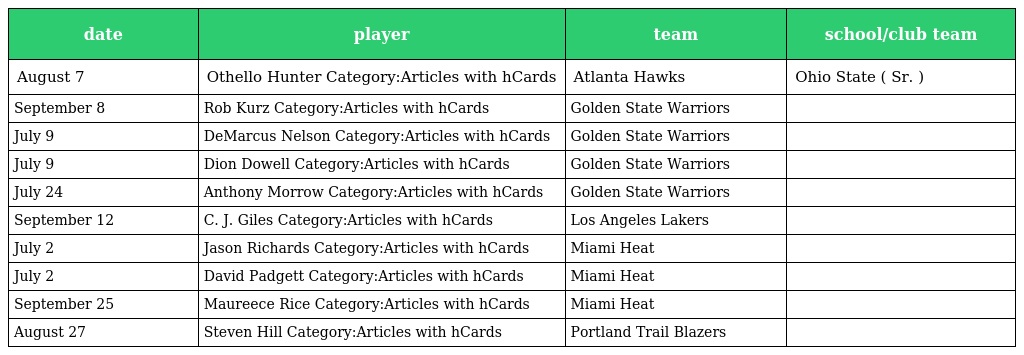
| date | player | team | school/club team |
 | --- | --- | --- | --- |
 | August 7 | Othello Hunter Category:Articles with hCards | Atlanta Hawks | Ohio State ( Sr. ) |
 | September 8 | Rob Kurz Category:Articles with hCards | Golden State Warriors |  |
 | July 9 | DeMarcus Nelson Category:Articles with hCards | Golden State Warriors |  |
 | July 9 | Dion Dowell Category:Articles with hCards | Golden State Warriors |  |
 | July 24 | Anthony Morrow Category:Articles with hCards | Golden State Warriors |  |
 | September 12 | C. J. Giles Category:Articles with hCards | Los Angeles Lakers |  |
 | July 2 | Jason Richards Category:Articles with hCards | Miami Heat |  |
 | July 2 | David Padgett Category:Articles with hCards | Miami Heat |  |
 | September 25 | Maureece Rice Category:Articles with hCards | Miami Heat |  |
 | August 27 | Steven Hill Category:Articles with hCards | Portland Trail Blazers |  |